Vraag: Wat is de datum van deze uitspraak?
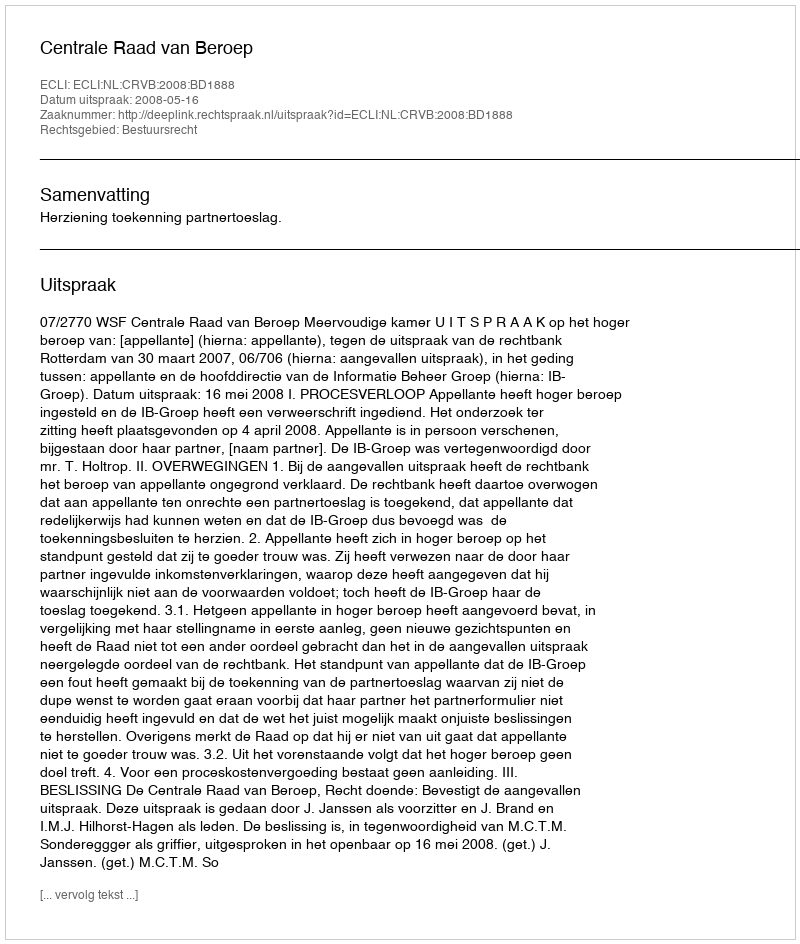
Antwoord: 2008-05-16